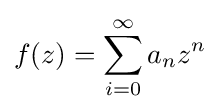
f(z)=\sum _{i=0}^{\infty }a_{n}z^{n}